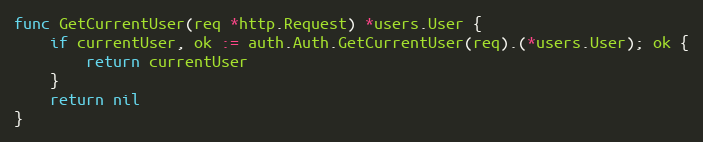
Language: Go
func GetCurrentUser(req *http.Request) *users.User {
	if currentUser, ok := auth.Auth.GetCurrentUser(req).(*users.User); ok {
		return currentUser
	}
	return nil
}